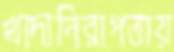
খাদ্যনিরাপত্তায়